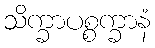
သိက္ခာပစ္စက္ခာနံ